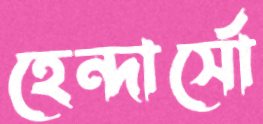
হেন্দার্সো